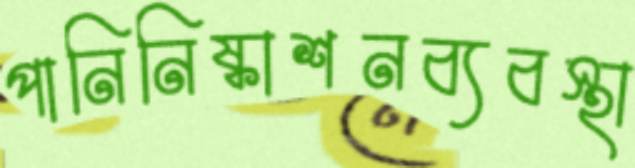
পানিনিষ্কাশনব্যবস্থা